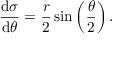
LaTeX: { \frac { \mathrm { d } \sigma } { \mathrm { d } \theta } } = { \frac { r } { 2 } } \sin \left( { \frac { \theta } { 2 } } \right) .